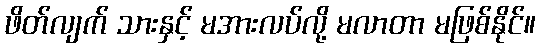
ဖိတ်လျက် သားနှင့် မအားလပ်လို့ မလာတာ မဖြစ်နိုင်။